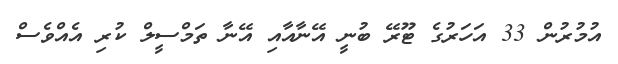
އުމުރުން 33 އަހަރުގެ ޓޫރޭ ބުނީ އޭނާއާއި އޭނާ ތަމްސީލް ކުރި އެއްވެސް